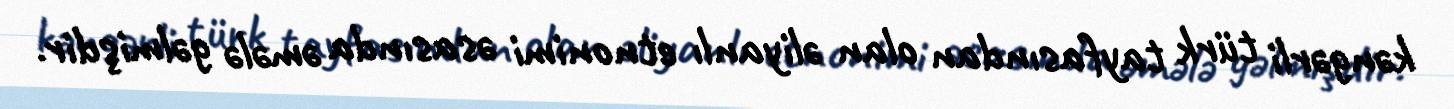
kəngərli türk tayfasından olan əliyanlı etnonimi əsasında əmələ gəlmişdir.